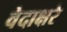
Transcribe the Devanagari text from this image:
वेदाक्षरे